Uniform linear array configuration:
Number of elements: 32
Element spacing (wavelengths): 1
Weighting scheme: binomial
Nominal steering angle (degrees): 45
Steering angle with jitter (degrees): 46.163
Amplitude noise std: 0.05
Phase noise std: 0.05

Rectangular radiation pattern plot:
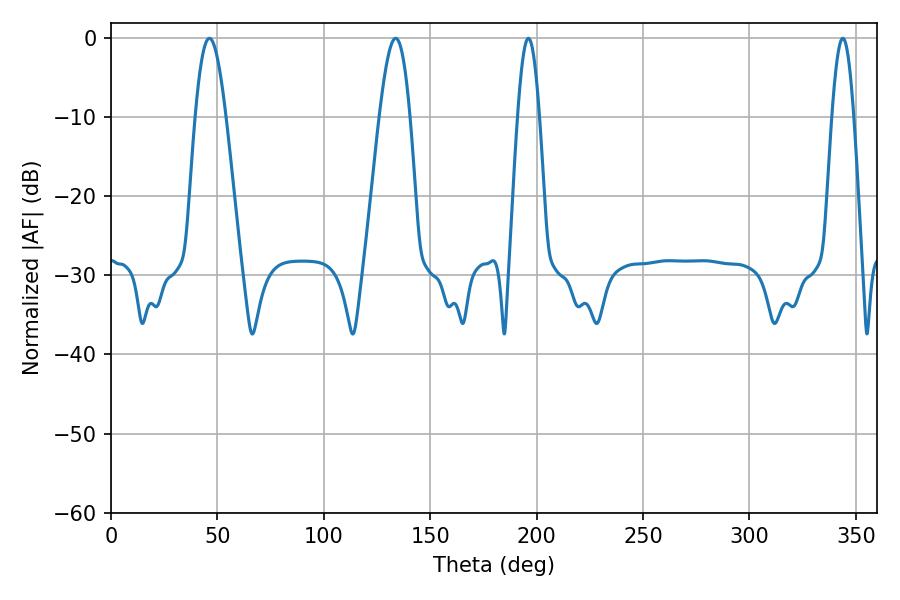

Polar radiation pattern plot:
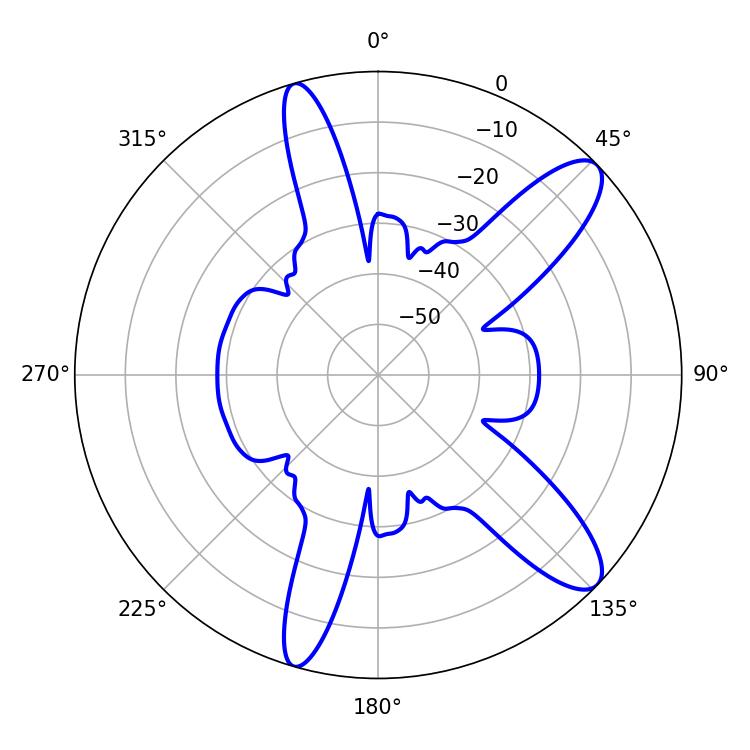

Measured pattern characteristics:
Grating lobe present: TRUE
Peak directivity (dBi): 11.099
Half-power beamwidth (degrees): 7.74
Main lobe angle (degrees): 46.26